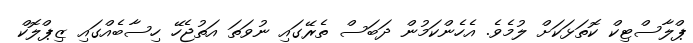
ޕްލާސްޓިކް ކޮތަޅަކަށް ލުމެވެ. އެހެންކަމުން ދަބަސް ތެރޭގައި ނުވަތަ އަތުޖެހޭ ހިސާބެއްގައި ޒިޕްލޮކް